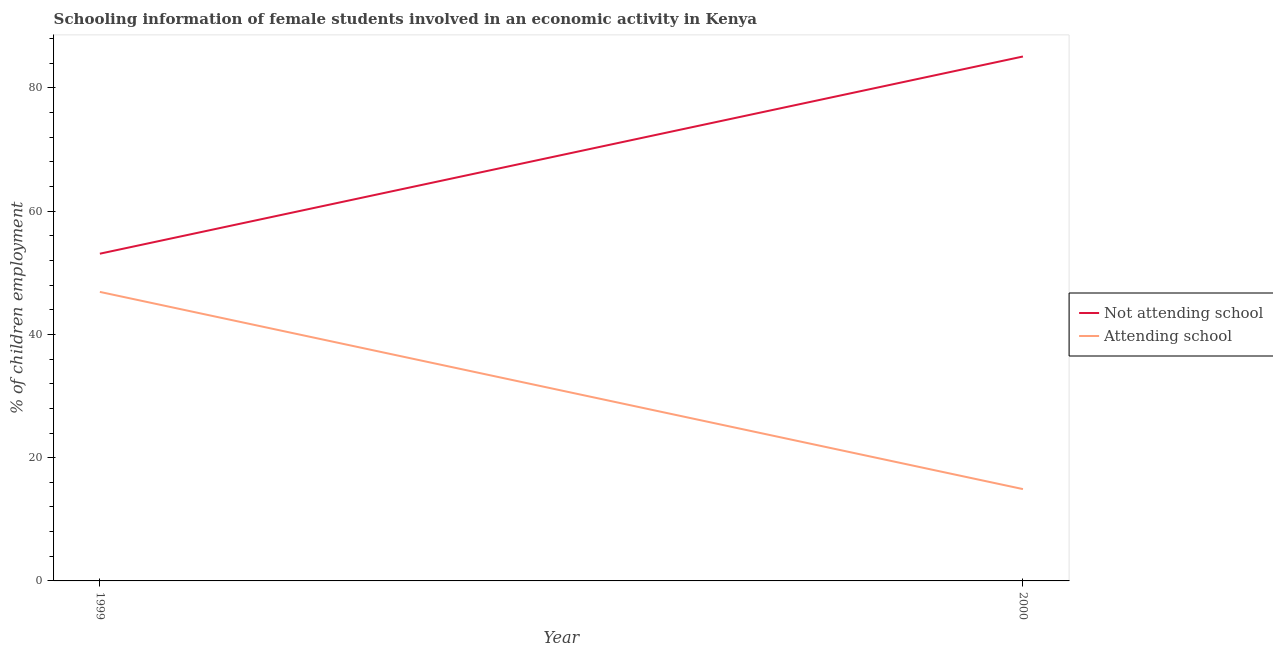
| Year | Not attending school | Attending school |
 | --- | --- | --- |
 | 1999 | 53.1 | 46.9 |
 | 2000 | 85.1 | 14.9 |